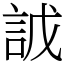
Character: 䛋